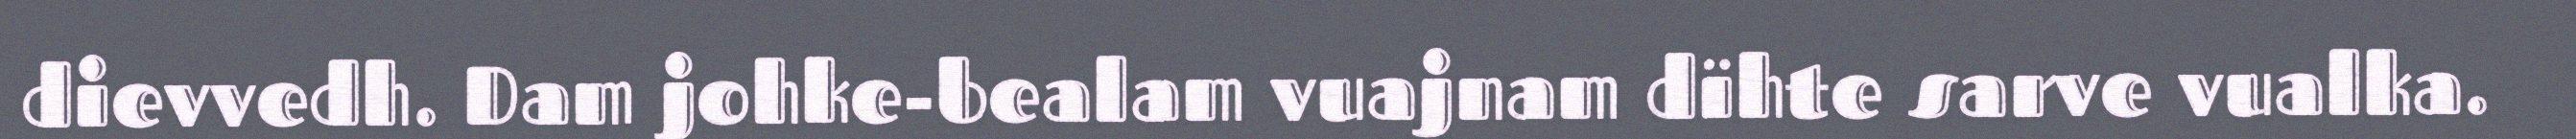
dievvedh. Dam johke-bealam vuajnam dïhte sarve vualka.